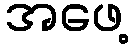
အဖေ့